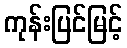
ကုန်းပြင်မြင့်